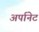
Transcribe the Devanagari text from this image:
अर्पानेट